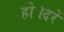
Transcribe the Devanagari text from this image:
हो।दरें